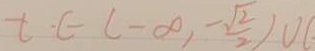
t \in ( - \infty , - \frac { \sqrt { 2 } } { 2 } ) \cup